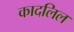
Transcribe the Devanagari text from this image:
कादलिल